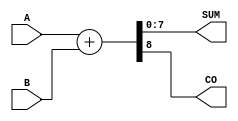
`timescale 1ns / 1ps

module unsigned_adder_CarryOut(
    input [7:0] A,
    input [7:0] B,
    output [7:0] SUM,
    output CO
    );
	 
	 wire [8:0] temp;
	 assign temp = A + B;
	 assign SUM = temp[7:0];
	 assign CO = temp[8];
	 
endmodule